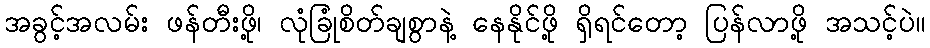
အခွင့်အလမ်း ဖန်တီးဖို့၊ လုံခြုံစိတ်ချစွာနဲ့ နေနိုင်ဖို့ ရှိရင်တော့ ပြန်လာဖို့ အသင့်ပဲ။